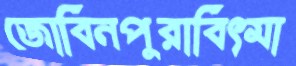
জোবিনপুরাবিৎমা